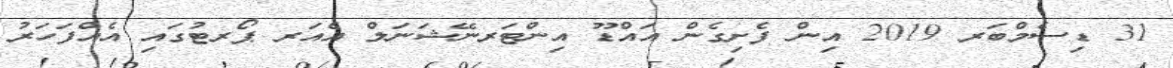
31 ޑިސެމްބަރ 2019 އިން ފެށިގެން އައްޑޫ އިންޓަރނޭޝަނަލް އެއަރ ޕޯރޓުގައި އެއްފަހަރު